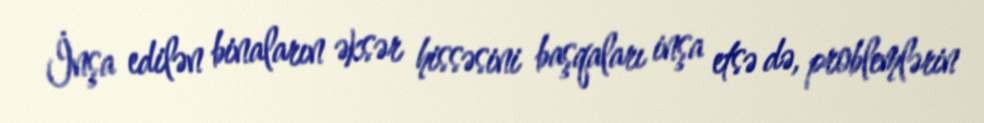
İnşa edilən binaların əksər hissəsini başqaları inşa etsə də, problemlərin